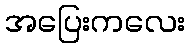
အပြေးကလေး